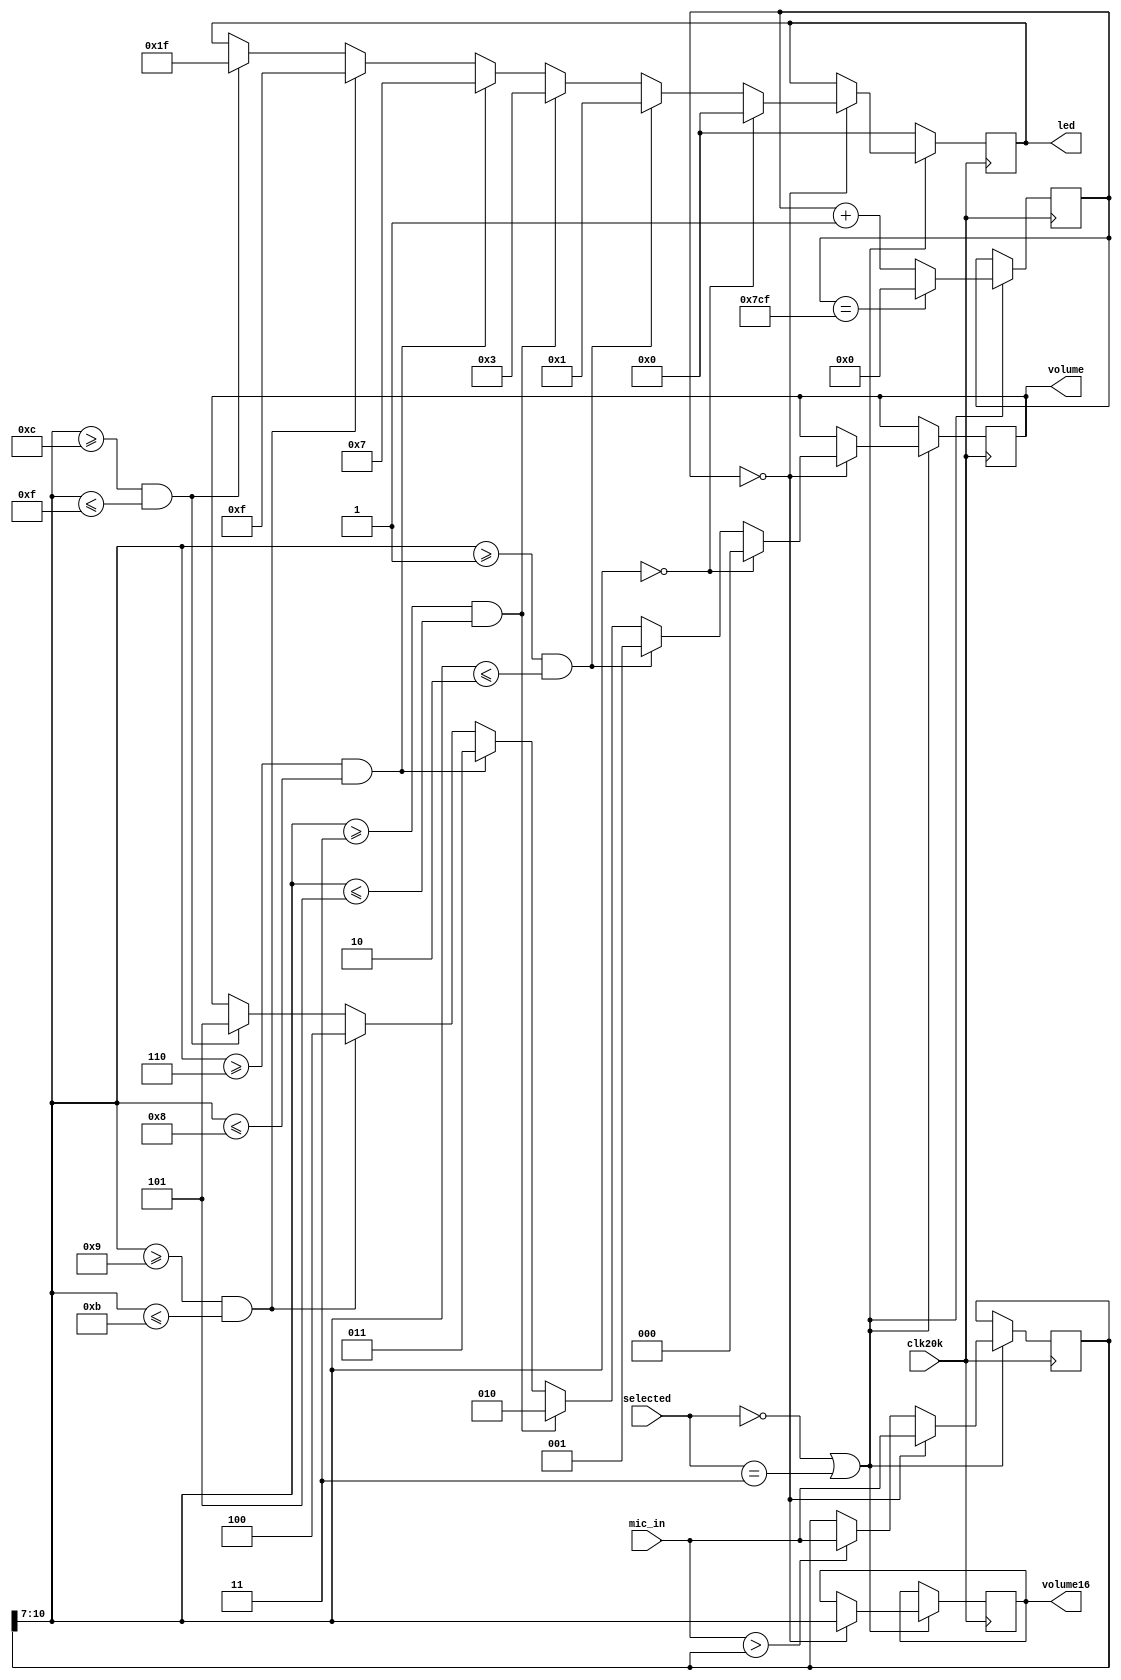
`timescale 1ns / 1ps
//////////////////////////////////////////////////////////////////////////////////
// Company: 
// Engineer: 
// 
// Design Name: 
// Module Name: volume_level
// Project Name: 
// Target Devices: 
// Tool Versions: 
// Description: 
// 
// Dependencies: 
// 
// Revision:
// Revision 0.01 - File Created
// Additional Comments:
// 
//////////////////////////////////////////////////////////////////////////////////


module volume_level(
        input clk20k,
        input [11:0] mic_in,
        output reg [2:0] volume = 0,
        output [3:0] volume16,
        output reg [4:0] led,
        input [1:0] selected
    );
    
    reg [3:0] maxout = 0;
    assign volume16 = maxout;
    reg [31:0] count2000 = 0;
    reg [11:0] max = 0;
    //integer count = 0;
    always @ (posedge clk20k) begin
        if (selected == 2'd0 || selected == 2'd3) begin
            count2000 <= (count2000 == 1999) ? 0 : count2000 + 1;
            max <= count2000 == 0 ? mic_in : (mic_in > max ? mic_in : max);
            if (count2000 == 0) begin
                maxout = max[10:7];
                if (maxout == 4'd0) begin
                    volume <= 3'd0;
                    led <= 5'b00000;
                end
                else if (maxout >= 4'd1 && maxout <= 4'd2) begin
                    volume <= 3'd1;
                    led <= 5'b00001;
                end
                else if (maxout >= 4'd3 && maxout <= 4'd5) begin
                    volume <= 3'd2;
                    led <= 5'b00011;
                end
                else if (maxout >= 4'd6 && maxout <= 4'd8) begin
                    volume <= 3'd3;
                    led <= 5'b00111;
                end
                else if (maxout >= 4'd9 && maxout <= 4'd11) begin
                    volume <= 3'd4;
                    led <= 5'b01111;
                end
                else if (maxout >= 4'd12 && maxout <= 4'd15) begin
                    volume <= 3'd5;
                    led <= 5'b11111;
                end
            end//end for if count2000 == 0
        end
        else begin
            led <= 5'b0;
        end
    end//end for always @ posedge clk 20KHZ   
endmodule